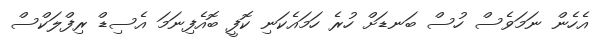
އެހެން ނަމަވެސް ހުސް ބަނޑަށް ހުރެ ހަމައެކަނި ކޮފީ ބޮއެފިނަމަ އެސިޑް ރިފްލަކްސް